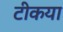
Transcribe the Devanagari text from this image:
टीकया